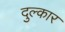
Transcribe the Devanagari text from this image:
दुल्कार